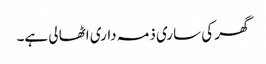
گھر کی ساری ذمہ داری اٹھا لی ہے۔